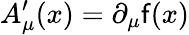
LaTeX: A_{\mu}^{\prime}(x)=\partial_{\mu}\mathsf{f}(x)